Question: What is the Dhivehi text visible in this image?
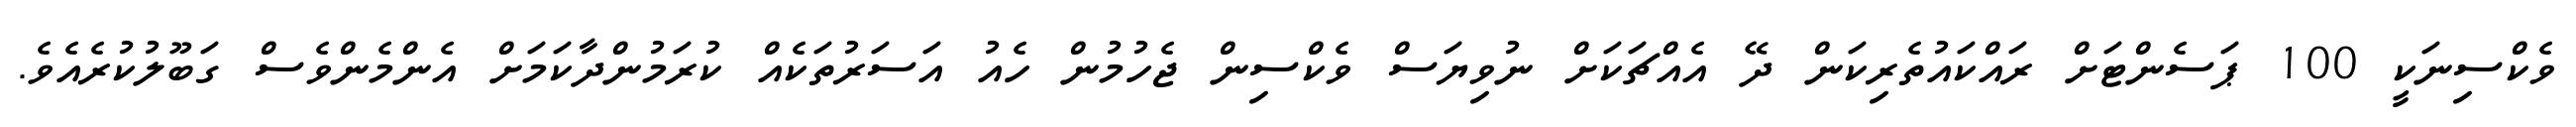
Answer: ވެކްސިނަކީ 100 ޕަސެންޓަށް ރައްކައުތެރިކަން ދޭ އެއްޗަކަށް ނުވިޔަސް ވެކްސިން ޖެހުމުން ހެއު އަސަރުތަކެއް ކުރަމުންދާކަމަށް އެންމެންވެސް ގަބޫލުކުރެއެވެ.